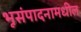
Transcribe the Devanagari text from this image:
भूसंपादनामधील